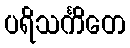
ပရိသင်္ကိတေ